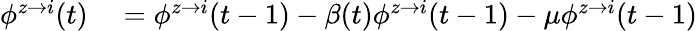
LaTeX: \begin{array}{rl}{\phi^{z\rightarrow i}(t)}&{{}=\phi^{z\rightarrow i}(t-1)-\beta(t)\phi^{z\rightarrow i}(t-1)-\mu\phi^{z\rightarrow i}(t-1)}\end{array}